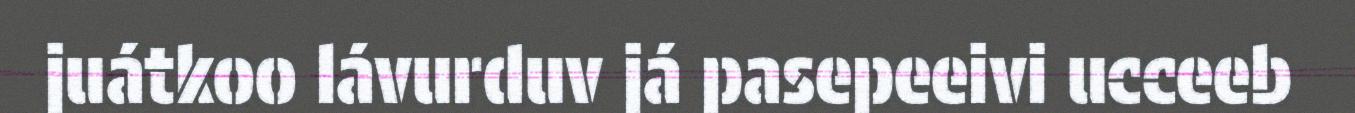
juátkoo lávurduv já pasepeeivi ucceeb